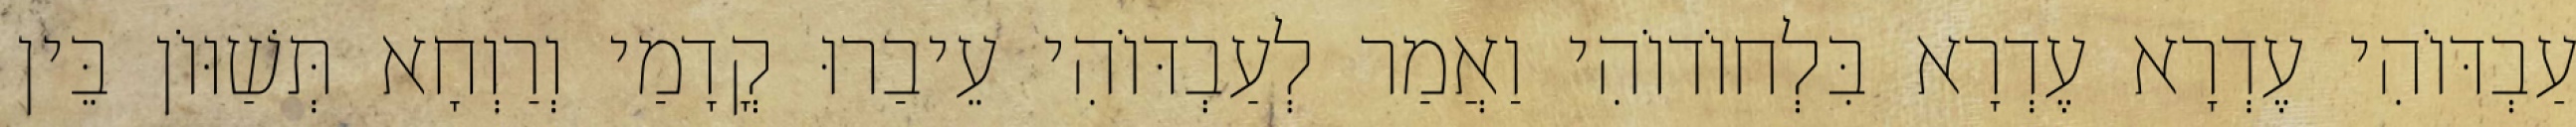
עַבְדּוֹהִי עֶדְרָא עֶדְרָא בִּלְחוֹדוֹהִי וַאֲמַר לְעַבְדּוֹהִי עֵיבַרוּ קֳדָמַי וְרַוְחָא תְּשַׁוּוֹן בֵּין